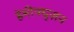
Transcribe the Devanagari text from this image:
हेमीफ्य़ूज़न